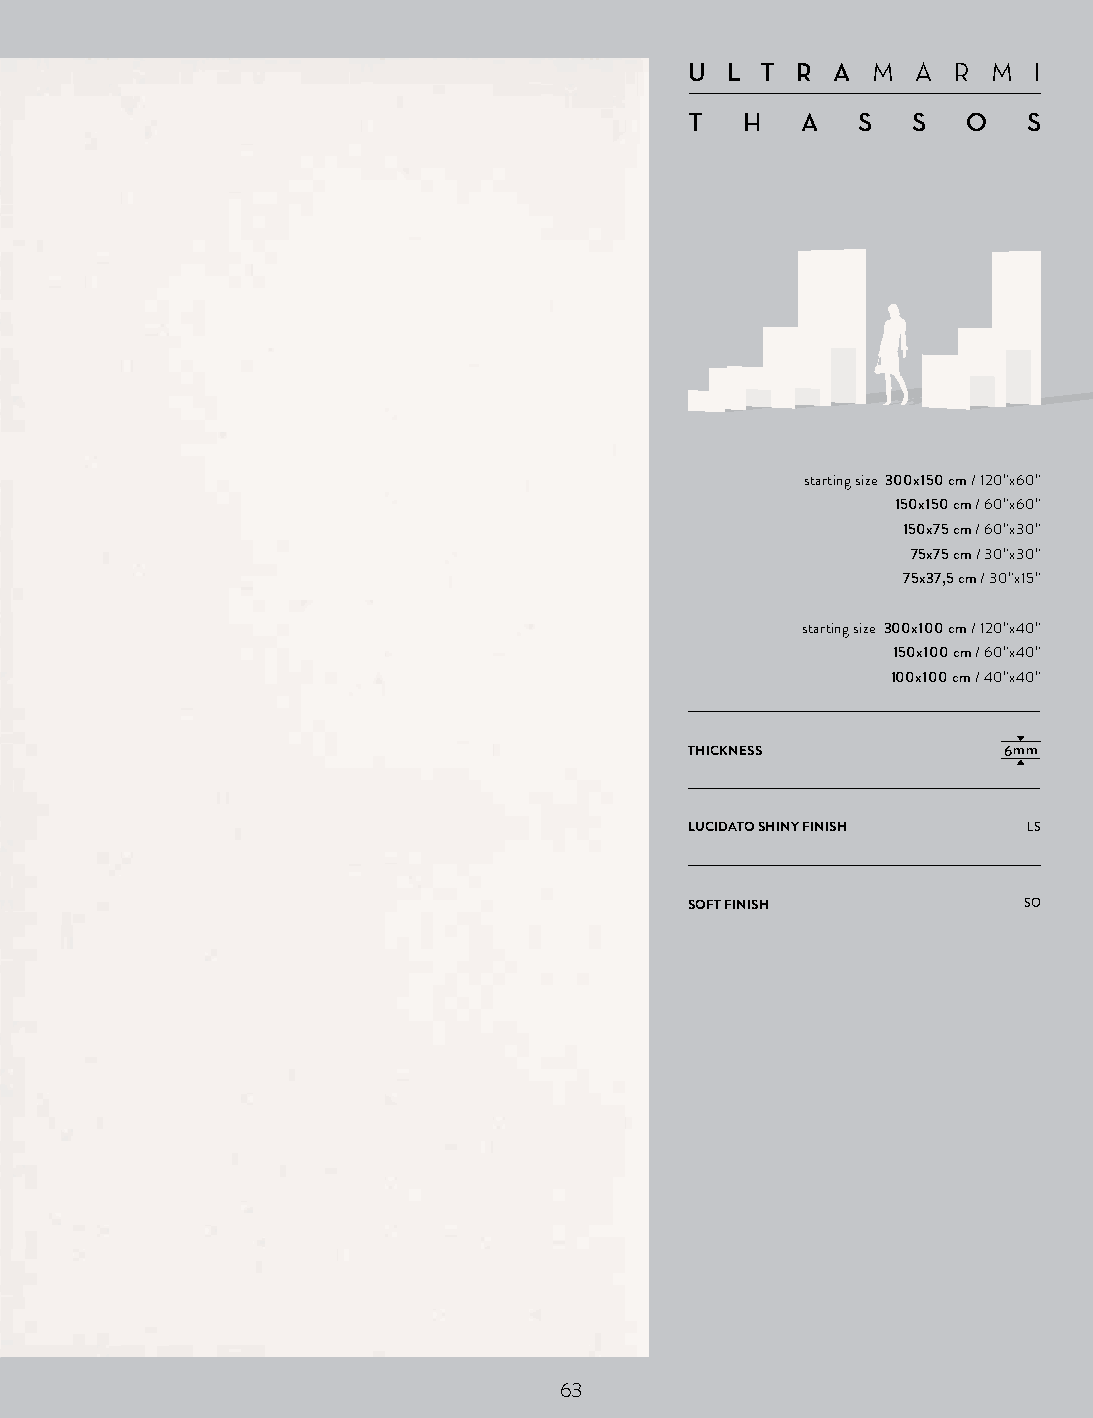
U L T  R AM  A  R M  I
 T  H   A   S  S   O   S
 starting size 300x150 cm / 120”x60”
 150x150 cm / 60”x60”
 150x75 cm / 60”x30”
 75x75 cm / 30”x30”
 75x37,5 cm / 30”x15”
 starting size 300x100 cm / 120”x40”
 150x100 cm / 60”x40”
 100x100 cm / 40”x40”
 THICKNESS           6mm
 LUCIDATO SHINY FINISH LS
 SOFT FINISH           SO
 63